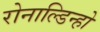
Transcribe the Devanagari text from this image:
रोनाल्‍डिन्‍हो